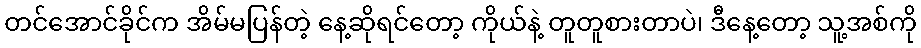
တင်အောင်ခိုင်က အိမ်မပြန်တဲ့ နေ့ဆိုရင်တော့ ကိုယ်နဲ့ တူတူစားတာပဲ၊ ဒီနေ့တော့ သူ့အစ်ကို